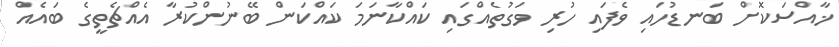
ޚާއްސަކޮށް ބަނޑުހައި ވެފައި ހުރި ވަގުތެއްގައި ކައްކާނަމަ ކައްކަން ބޭނުންކުރާ އެއްޗެތީގެ ބައެއް